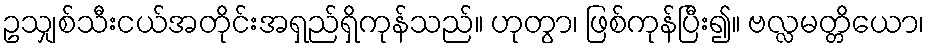
ဥသျှစ်သီးငယ်အတိုင်းအရှည်ရှိကုန်သည်။ ဟုတွာ၊ ဖြစ်ကုန်ပြီး၍။ ဗလ္လမတ္တိယော၊